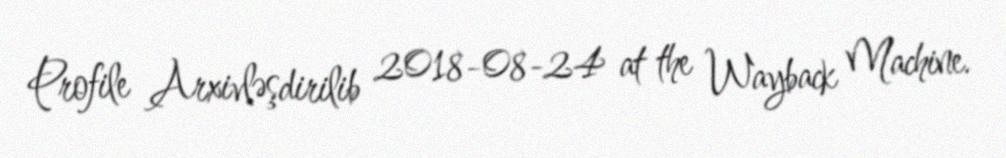
Profile Arxivləşdirilib 2018-08-24 at the Wayback Machine.